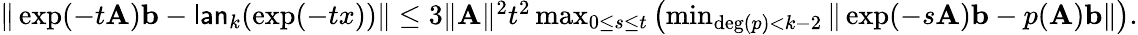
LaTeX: \begin{array}{r}{\| \exp(-t\mathbf{A})\mathbf{b}-\mathsf{lan}_{k}(\exp(-tx))\| \leq 3\| \mathbf{A}\| ^{2}t^{2}\operatorname*{max}_{0\leq s\leq t}\left(\operatorname*{min}_{\deg(p)<k-2}\| \exp(-s\mathbf{A})\mathbf{b}-p(\mathbf{A})\mathbf{b}\| \right).}\end{array}